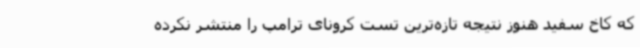
که کاخ ‌سفید هنوز نتیجه تازه‌ترین تست کرونای ترامپ را منتشر نکرده